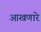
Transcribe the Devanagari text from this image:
आखणारे